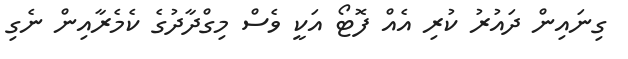
ގިނައިން ދައުރު ކުރި އެއް ފޮޓޯ އަކީ ވެސް މިގްދާދުގެ ކެމެރާއިން ނެގި